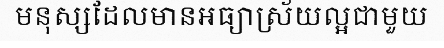
មនុស្សដែលមានអធ្យាស្រ័យល្អជាមួយ